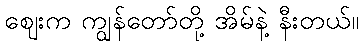
ဈေးက ကျွန်တော်တို့ အိမ်နဲ့ နီးတယ်။